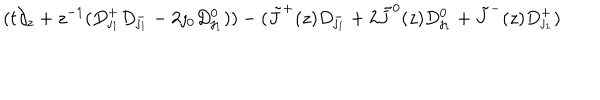
( t \partial _ { z } + z ^ { - 1 } ( D _ { \jmath _ { 1 } } ^ { + } D _ { \jmath _ { 1 } } ^ { - } - 2 \jmath _ { 0 } D _ { \jmath _ { 1 } } ^ { 0 } ) ) - ( \tilde { J } ^ { + } ( z ) D _ { \jmath _ { 1 } } ^ { - } + 2 \tilde { J } ^ { 0 } ( z ) D _ { \jmath _ { 1 } } ^ { 0 } + \tilde { J } ^ { - } ( z ) D _ { \jmath _ { 1 } } ^ { + } )